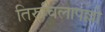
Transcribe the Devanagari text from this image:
तिरुचिलापल्ली